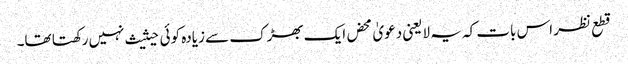
قطع نظر اس بات کہ یہ لایعنی دعویٰ محض ایک بھڑک سے زیادہ کوئی حیثیث نہیں رکھتا تھا۔